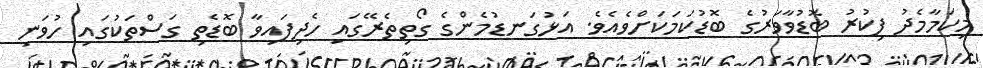
މިކަމާމެދު ފިކުރު ބޮޑުވާވަރުގެ ބޮޑުކަމަކަށްވެއެވެ. އަޅުގަނޑުމެންގެ ގޯތިތެރޭގައި ހެދިފައިވާ ބޮޑެތި ގަސްތަކުގައި ހުވަނި